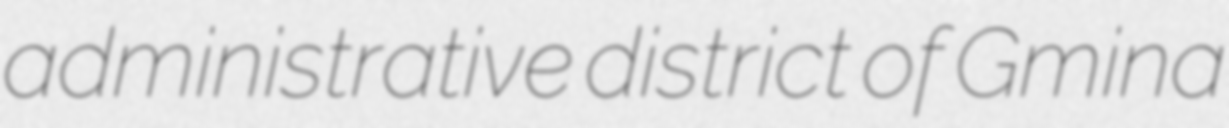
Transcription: administrative district of Gmina